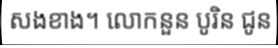
សងខាង។ លោកនួន បូរិន ជូន